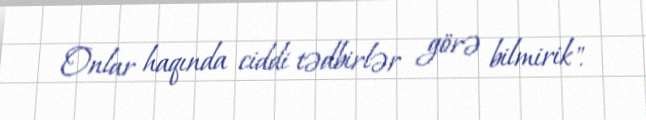
Onlar haqında ciddi tədbirlər görə bilmirik".